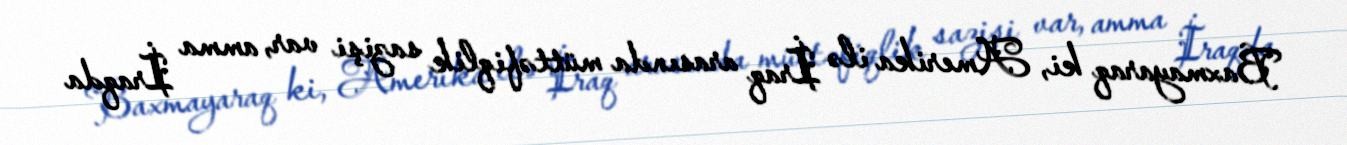
Baxmayaraq ki, Amerika ilə İraq arasında müttəfiqlik sazişi var, amma İraqda